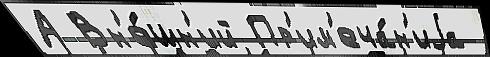
А Вн'е́шн'ий Пр'им'еча́н'иjа